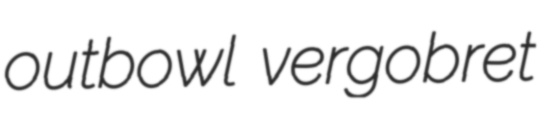
outbowl vergobret